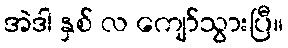
အဲဒါ နှစ် လ ကျော်သွားပြီ။